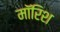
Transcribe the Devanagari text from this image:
मॉरिश